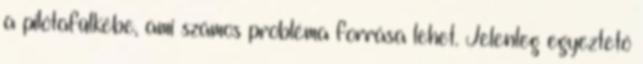
a pilótafülkébe, ami számos probléma forrása lehet. Jelenleg egyeztető